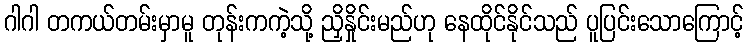
ဂါဂါ တကယ်တမ်းမှာမူ တုန်းကကဲ့သို့ ညှိနှိုင်းမည်ဟု နေထိုင်နိုင်သည် ပူပြင်းသောကြောင့်